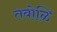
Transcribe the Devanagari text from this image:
तबोळि